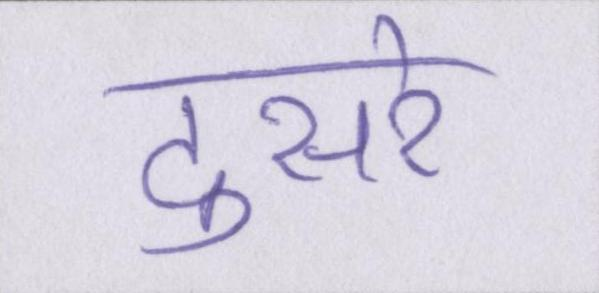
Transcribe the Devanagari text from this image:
दुसरे